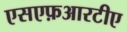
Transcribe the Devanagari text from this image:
एसएफ़आरटीए